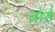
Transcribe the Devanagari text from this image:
बोर्ड